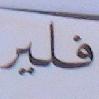
فلير